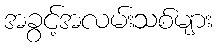
အခွင့်အလမ်းသစ်များ